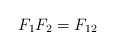
LaTeX: \begin{align*}F_1 F_2=F_{12}\end{align*}